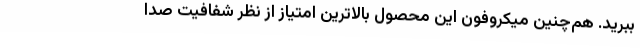
ببرید. هم‌چنین میکروفون این محصول بالاترین امتیاز از نظر شفافیت صدا